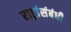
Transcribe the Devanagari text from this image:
राष्ट्रांसंबंधी